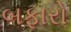
બફારો